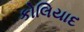
કોલિયાદ